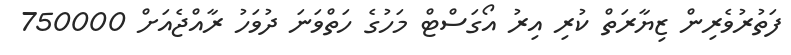
ފަތުރުވެރިން ޒިޔާރަތް ކުރި އިރު އޯގަސްޓް މަހުގެ ހަތްވަނަ ދުވަހު ރާއްޖެއަށް 750000